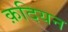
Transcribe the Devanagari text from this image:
क़दियन